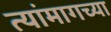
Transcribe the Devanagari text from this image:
त्यांमागच्या